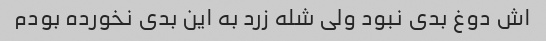
اش دوغ بدی نبود ولی شله زرد به این بدی نخورده بودم